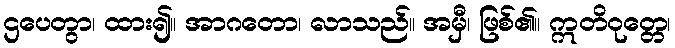
ဌပေတွာ၊ ထား၍။ အာဂတော၊ လာသည်။ အမှီ၊ ဖြစ်၏။ ဣတိဝုတ္တေ၊